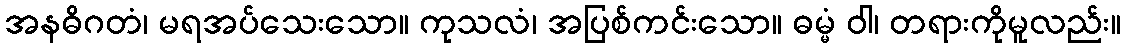
အနဓိဂတံ၊ မရအပ်သေးသော။ ကုသလံ၊ အပြစ်ကင်းသော။ ဓမ္မံ ဝါ၊ တရားကိုမူလည်း။